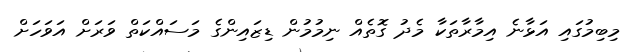
މިބިމުގައި އަޅާނެ އިމާރާތަކާ މެދު ގޮތެއް ނިމުމުން ޑިޒައިންގެ މަސައްކަތް ވަރަށް އަވަހަށް